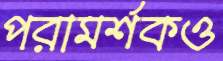
পরামর্শকও